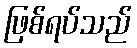
ဖြစ်ရပ်သည်